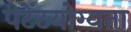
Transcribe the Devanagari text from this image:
पेटेंटयोग्यता